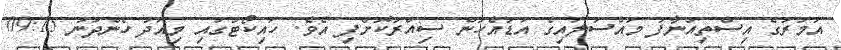
އަމުރުގެ އިސްތިއުނާފު މައްސަލައިގެ އަޑުއެހުން ސިއްރުކޮށްފި އެވެ. ހައިކޯޓުގައި މިއަދު ހެންދުނު 09:15